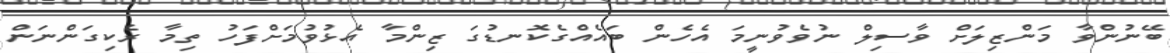
ބޭނުންވާ މަންޒިލަށް ވާސިލް ނުވެވުނީމަ އެހެން ބައެއްގެކޮނޑުގަ ޒިންމާ އެޅުވުމަށްފަހު ތިމާ ރެކިގަންނަން